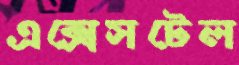
এক্সেসটেল